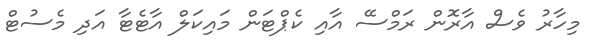
މިހާރު ވެސް އާރޮން ރަމްސޭ އާއި ކެޕްޓަން މައިކަލް އާޓެޓާ އަދި މެސުޓް